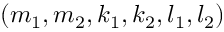
( m _ { 1 } , m _ { 2 } , k _ { 1 } , k _ { 2 } , l _ { 1 } , l _ { 2 } )